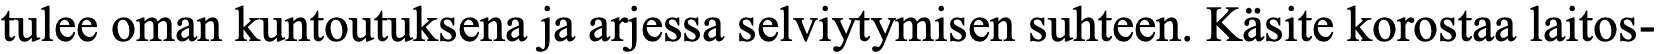
tulee oman kuntoutuksena ja arjessa selviytymisen suhteen. Käsite korostaa laitos-